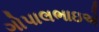
ગોપાલભાઇએ